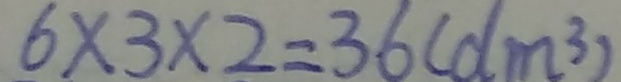
6 \times 3 \times 2 = 3 6 ( d m ^ { 3 } )